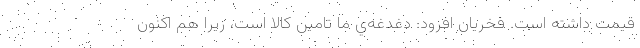
قيمت داشته است. فخريان افزود: دغدغه‌ي ما تامين كالا است، زيرا هم اكنون